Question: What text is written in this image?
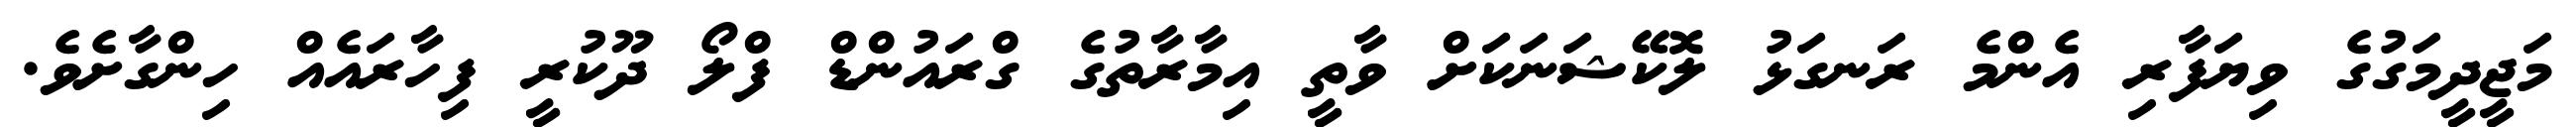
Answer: މަޖީދީމަގުގެ ވިޔަފާރި އެންމެ ރަނގަޅު ލޮކޭޝަނަކަށް ވާތީ އިމާރާތުގެ ގްރައުންޑް ފްލޯ ދޫކުރީ ފިހާރައެއް ހިންގާށެވެ.